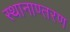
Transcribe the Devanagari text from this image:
स्थानाण्तरण